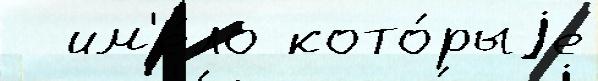
  им'е́ло кото́рыjе